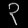
Digit: ၃